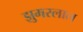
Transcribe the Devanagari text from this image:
झुमरलाल